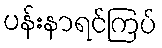
ပန်းနာရင်ကြပ်